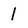
Character: 1